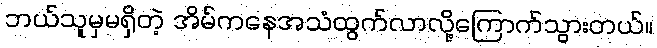
ဘယ်သူမှမရှိတဲ့ အိမ်ကနေအသံထွက်လာလို့ကြောက်သွားတယ်။